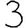
Digit: 3